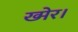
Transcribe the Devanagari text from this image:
ख्मेर।